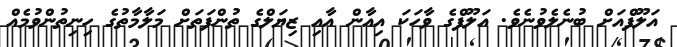
އަލޫފްއަށް ބުނެލެވުނެވެ. އަލޫފްގެ ވާހަކަ އިއާން އާއި ޒިޔަލްގެ ތުންފަތަށް މަލާމާތުގެ ހިނިތުންވުމެއް